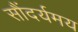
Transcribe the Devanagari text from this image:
सौंदर्यमय